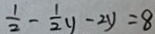
\frac { 1 } { 2 } - \frac { 1 } { 2 } y - 2 y = 8